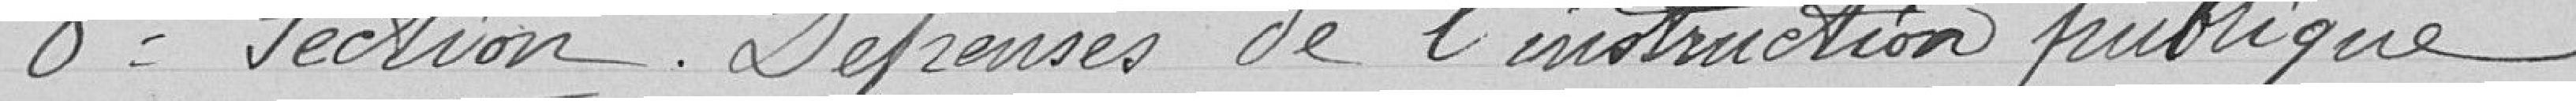
8° Section. Dépenses de l'instruction publique.